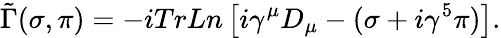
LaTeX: \tilde{\Gamma}(\sigma,\pi)=-iTrLn\left[i\gamma^{\mu}D_{\mu}-(\sigma+i\gamma^{5}\pi)\right].